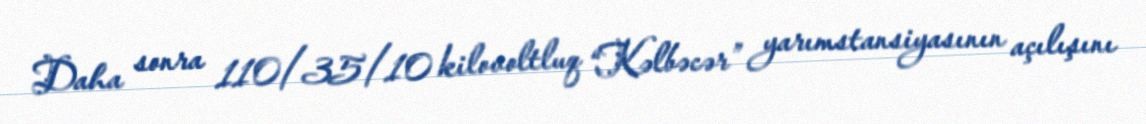
Daha sonra 110/35/10 kilovoltluq “Kəlbəcər” yarımstansiyasının açılışını